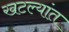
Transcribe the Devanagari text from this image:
खटल्यांत